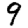
Digit: 9